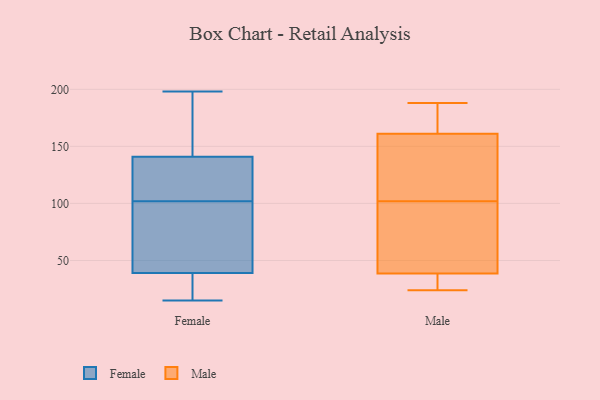
{"axis": {"x": "Budget (USD K)", "y": "Value"}, "legend": ["Female", "Male"], "data": [{"x": "", "y": 126, "type": "Female"}, {"x": "", "y": 141, "type": "Female"}, {"x": "", "y": 151, "type": "Female"}, {"x": "", "y": 42, "type": "Female"}, {"x": "", "y": 32, "type": "Female"}, {"x": "", "y": 150, "type": "Female"}, {"x": "", "y": 90, "type": "Female"}, {"x": "", "y": 131, "type": "Female"}, {"x": "", "y": 130, "type": "Female"}, {"x": "", "y": 33, "type": "Female"}, {"x": "", "y": 39, "type": "Female"}, {"x": "", "y": 151, "type": "Female"}, {"x": "", "y": 15, "type": "Female"}, {"x": "", "y": 94, "type": "Female"}, {"x": "", "y": 110, "type": "Female"}, {"x": "", "y": 70, "type": "Female"}, {"x": "", "y": 198, "type": "Female"}, {"x": "", "y": 19, "type": "Female"}, {"x": "", "y": 97, "type": "Male"}, {"x": "", "y": 67, "type": "Male"}, {"x": "", "y": 36, "type": "Male"}, {"x": "", "y": 35, "type": "Male"}, {"x": "", "y": 161, "type": "Male"}, {"x": "", "y": 171, "type": "Male"}, {"x": "", "y": 24, "type": "Male"}, {"x": "", "y": 145, "type": "Male"}, {"x": "", "y": 161, "type": "Male"}, {"x": "", "y": 177, "type": "Male"}, {"x": "", "y": 91, "type": "Male"}, {"x": "", "y": 108, "type": "Male"}, {"x": "", "y": 39, "type": "Male"}, {"x": "", "y": 38, "type": "Male"}, {"x": "", "y": 107, "type": "Male"}, {"x": "", "y": 188, "type": "Male"}]}